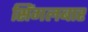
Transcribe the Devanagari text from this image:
सिंगलबार